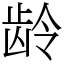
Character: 龄